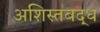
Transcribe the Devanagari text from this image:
अशिस्तबद्ध